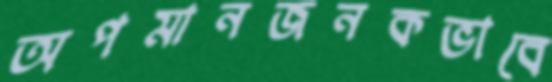
অপমানজনকভাবে